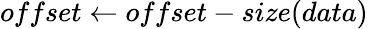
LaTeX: offset\gets offset-size(data)